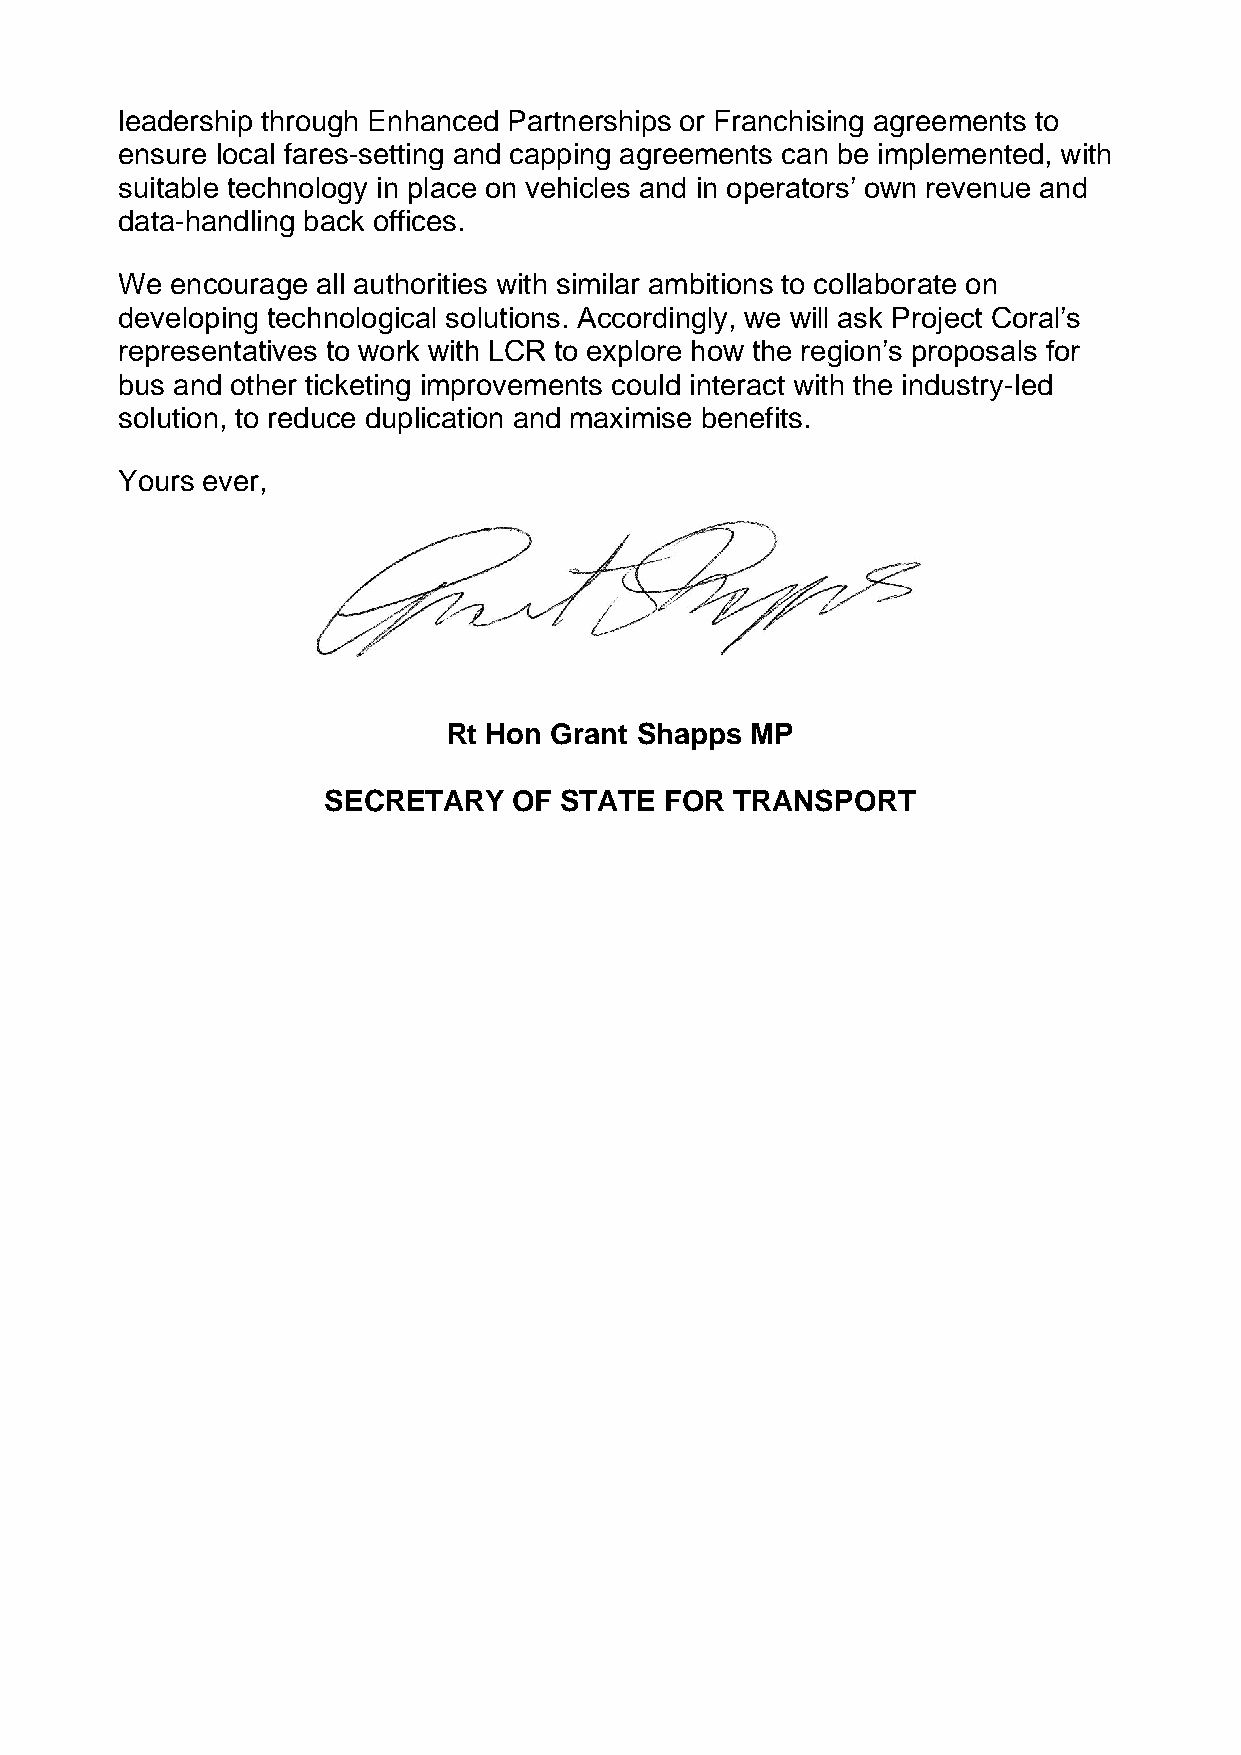
leadership through Enhanced Partnerships or Franchising agreements to
 ensure local fares-setting and capping agreements can be implemented, with
 suitable technology in place on vehicles and in operators’ own revenue and
 data-handling back offices.
 We encourage all authorities with similar ambitions to collaborate on
 developing technological solutions. Accordingly, we will ask Project Coral’s
 representatives to work with LCR to explore how the region’s proposals for
 bus and other ticketing improvements could interact with the industry-led
 solution, to reduce duplication and maximise benefits.
 Yours ever,
 Rt Hon Grant Shapps MP
 SECRETARY    OF STATE  FOR  TRANSPORT